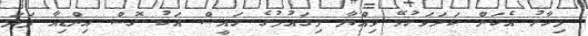
މިހާރު އެކަން ކަށަވަރުވޭ ވިއްޔާ މިގައުމުގެ ރައީސް އަކު ގޮސް އިންޑިއާ ފަދަ